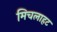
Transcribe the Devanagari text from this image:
मिचलाहट